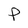
Character: P